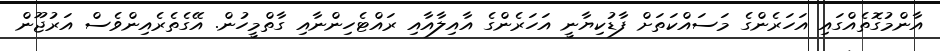
އާންމުގޮތެއްގައި އަހަރެންގެ މަސައްކަތަށް ފާޑުކިޔާނީ އަހަރެންގެ އާއިލާއާއި ރައްޓެހިންނާއި ގާތްމީހުން. އޭގެތެރެއިންވެސް އަރުޖޫން